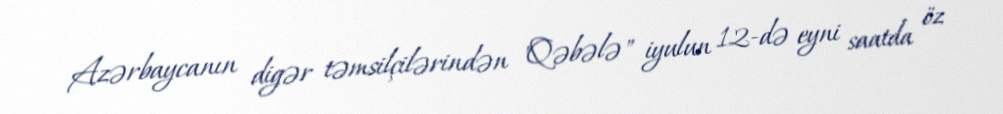
Azərbaycanın digər təmsilçilərindən "Qəbələ" iyulun 12-də eyni saatda öz